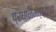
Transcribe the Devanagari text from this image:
प्रधानमंत्र्यांचा